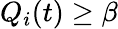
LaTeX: Q_{i}(t)\geq\beta